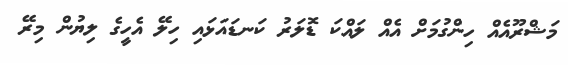
މަޝްރޫއެއް ހިންގުމަށް އެއް ލައްކަ ޑޮލަރު ކަނޑައަޅައި ހިލޭ އެހީގެ ލިޔުން މިރޭ